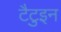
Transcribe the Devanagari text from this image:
टैटुइन